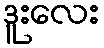
ဒူးလေး